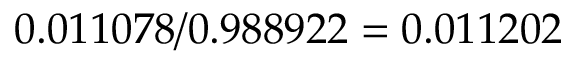
0 . 0 1 1 0 7 8 / 0 . 9 8 8 9 2 2 = 0 . 0 1 1 2 0 2